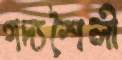
গদ্যশৈলী